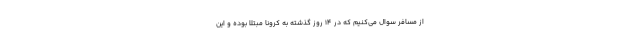
از مسافر سوال می‌کنیم که در ۱۴ روز گذشته به کرونا مبتلا بوده و این